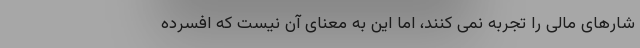
شارهای مالی را تجربه نمی کنند، اما این به معنای آن نیست که افسرده